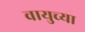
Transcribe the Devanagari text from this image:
वायुच्या